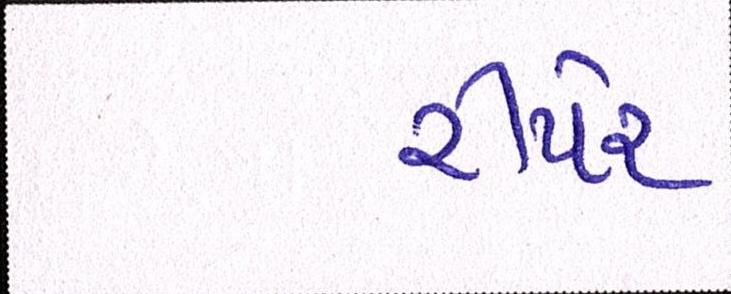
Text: રીપેર